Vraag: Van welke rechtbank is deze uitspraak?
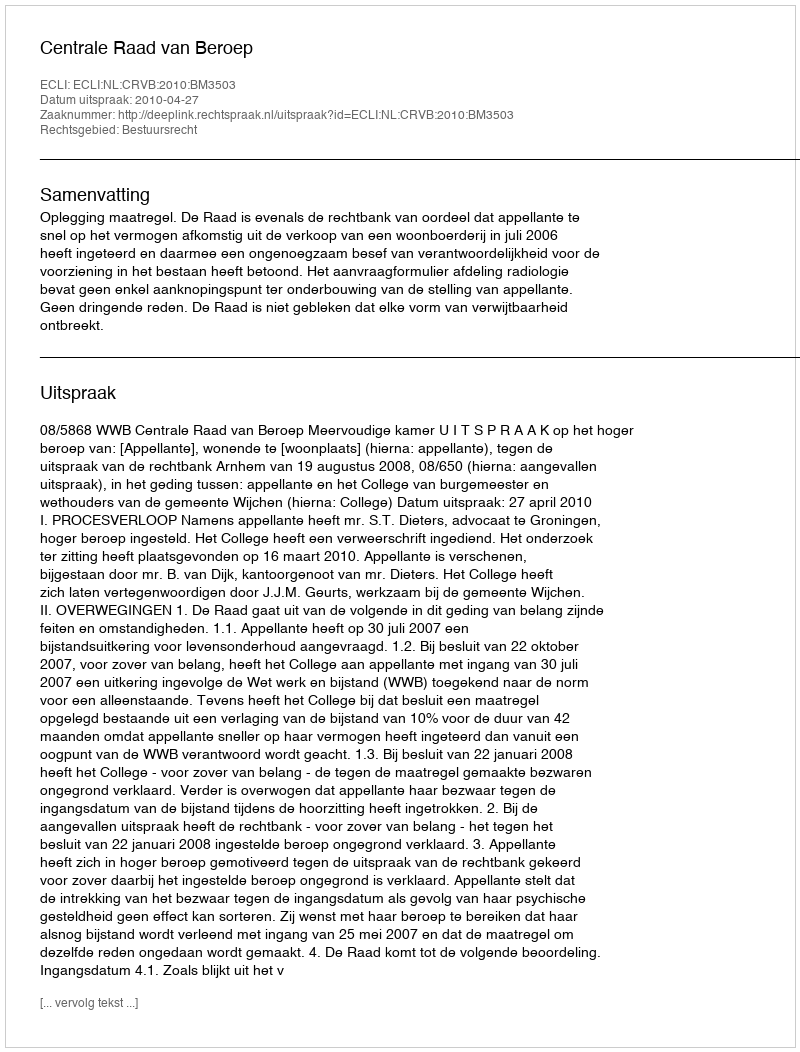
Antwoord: Centrale Raad van Beroep